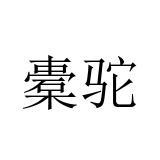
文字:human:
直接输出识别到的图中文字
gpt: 橐驼